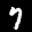
Label: 7